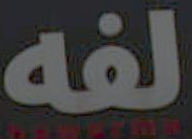
لفه